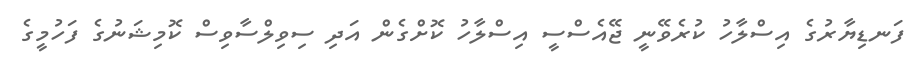
ފަނޑިޔާރުގެ އިސްލާހު ކުރެވޭނީ ޖޭއެސްސީ އިސްލާހު ކޮށްގެން އަދި ސިވިލްސާވިސް ކޮމިޝަނުގެ ފަހުމީގެ